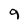
Character: 9